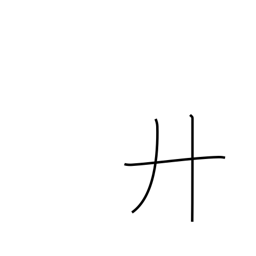
Meaning: twenty or letter H radical (no. 55)